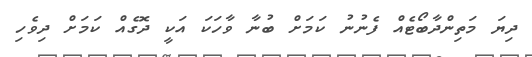
ދިޔަ މަތިންދާބޯޓެއް ފެނުނު ކަމަށް ބުނާ ވާހަކަ އަކީ ދޮގެއް ކަމަށް ދިވެހި